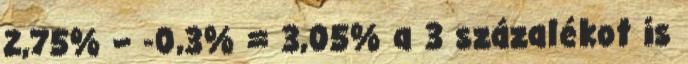
2,75% – -0,3% = 3,05% a 3 százalékot is